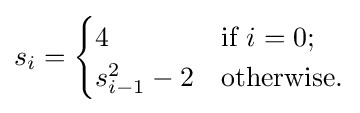
s_{i}={\begin{cases}4&{\text{if }}i=0;\\s_{i-1}^{2}-2&{\text{otherwise.}}\end{cases}}